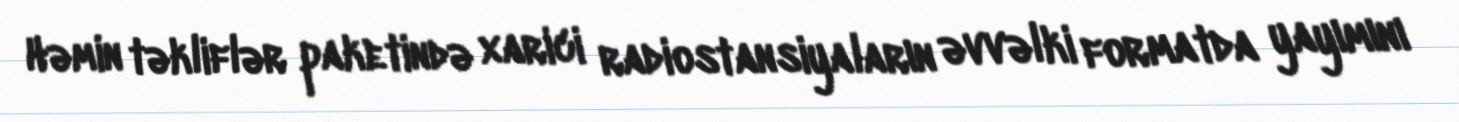
Həmin təkliflər paketində xarici radiostansiyaların əvvəlki formatda yayımını